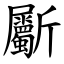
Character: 斸